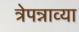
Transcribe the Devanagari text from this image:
त्रेपन्नाव्या